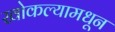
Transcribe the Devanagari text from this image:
खोकल्यामधून